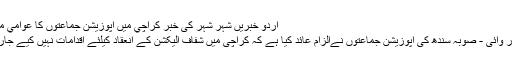
اردو خبریں شہر شہر کی خبر کراچي ميں اپوزيشن جماعتوں کا عوامي مارچ
اے آر وائی - صوبہ سندھ کی اپوزیشن جماعتوں نےالزام عائد کیا ہے کہ کراچی میں شفاف الیکشن کے انعقاد کیلئے اقدامات نہیں کیے جارہے۔